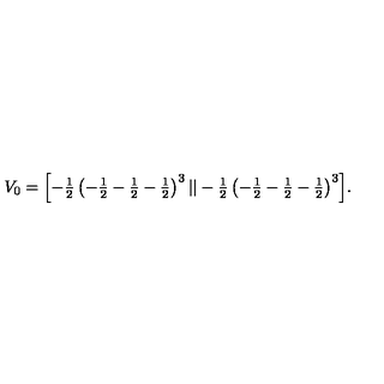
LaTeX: V _ { 0 } = \textstyle { \left[ - { \frac { 1 } { 2 } } \left( - { \frac { 1 } { 2 } } - { \frac { 1 } { 2 } } - { \frac { 1 } { 2 } } \right) ^ { 3 } | | - { \frac { 1 } { 2 } } \left( - { \frac { 1 } { 2 } } - { \frac { 1 } { 2 } } - { \frac { 1 } { 2 } } \right) ^ { 3 } \right] } .